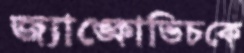
জ্যাঙ্কোভিচকে